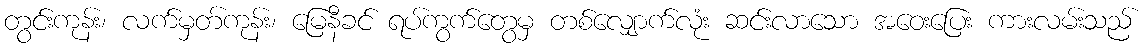
တွင်းကုန်း၊ လက်မှတ်ကုန်း၊ မြေနီခင် ရပ်ကွက်တွေမှ တစ်လျှောက်လုံး ဆင်းလာသော အဝေးပြေး ကားလမ်းသည်